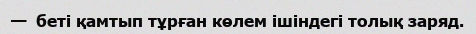
—  беті қамтып тұрған көлем ішіндегі толық заряд.